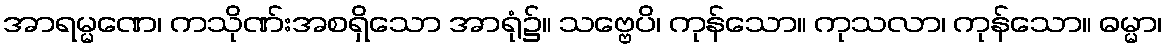
အာရမ္မဏေ၊ ကသိုဏ်းအစရှိသော အာရုံ၌။ သဗ္ဗေပိ၊ ကုန်သော။ ကုသလာ၊ ကုန်သော။ ဓမ္မာ၊